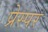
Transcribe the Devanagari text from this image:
प्रेस्पर